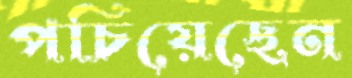
পচিয়েছেন